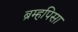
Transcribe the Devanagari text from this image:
ब्रम्हपिसा